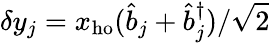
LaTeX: \delta y_{j}=x_{\mathrm{ho}}(\hat{b}_{j}+\hat{b}_{j}^{\dagger})/\sqrt{2}